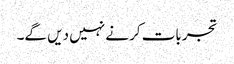
تجربات کرنے نہیں دیں گے۔